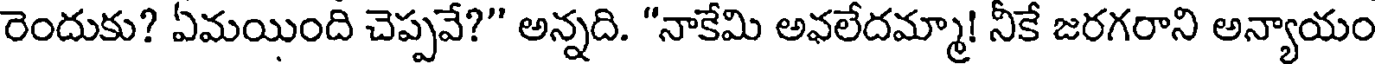
రెందుకు? ఏమయింది చెప్పవే?" అన్నది. "నాకేమి అవలేదమ్మా! నీకే జరగరాని అన్యాయం